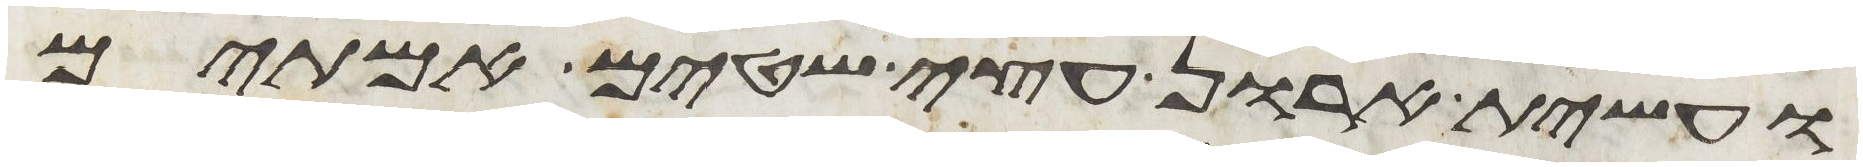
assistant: ועשית ארון עצי שטים אמתים